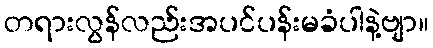
တရားလွန်လည်းအပင်ပန်းမခံပါနဲ့ဗျာ။